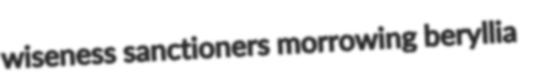
wiseness sanctioners morrowing beryllia